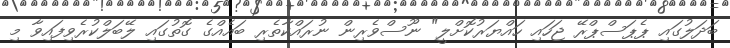
ބަދަލުގައި ޕެޕަސްޕްރޭ ޖަހައި ހައްޔަރުކޮށްލީ" ނޫސްވެރިން ނުރައްކާތެރި ބައެއްގެ ގޮތުގައި ލޭބަލްކުރެވިފައިވާ މި